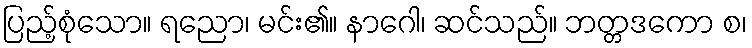
ပြည့်စုံသော။ ရညော၊ မင်း၏။ နာဂေါ၊ ဆင်သည်။ ဘတ္တဒကော စ၊